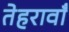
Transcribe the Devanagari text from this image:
तेहरावाँ